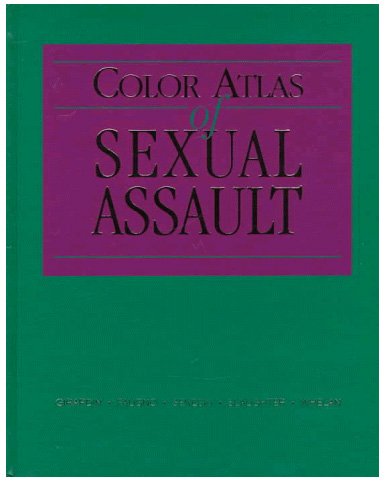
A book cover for Color Atlas of Sexual Assault, 1e; Patty C. Seneski; Medical Books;